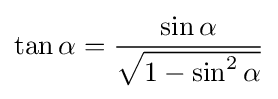
\tan {\alpha }={\frac {\sin {\alpha }}{\sqrt {1-\sin ^{2}{\alpha }}}}